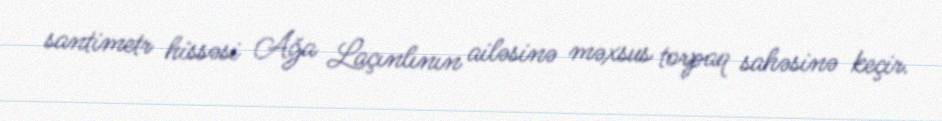
santimetr hissəsi Ağa Laçınlının ailəsinə məxsus torpaq sahəsinə keçir.